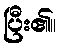
ပြီး၏။